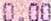
0.00